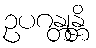
ဥပဂန္တုန္တိ